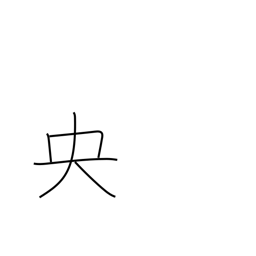
Meaning: middle